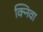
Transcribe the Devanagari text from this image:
क्निवा